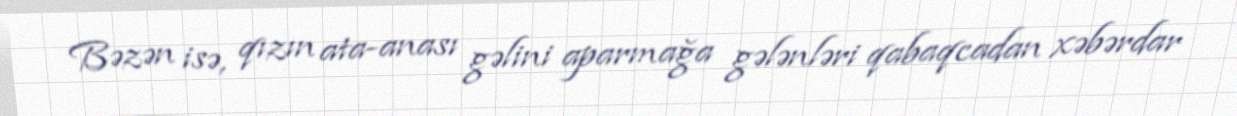
Bəzən isə, qızın ata-anası gəlini aparmağa gələnləri qabaqcadan xəbərdar